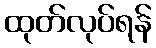
ထုတ်လုပ်ရန်